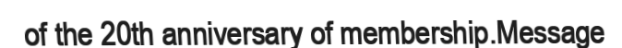
of the 20th anniversary of membership.Message